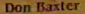
Don Baxter